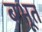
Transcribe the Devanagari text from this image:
बभूत